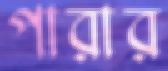
পারার